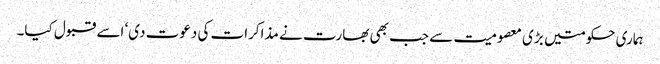
ہماری حکومتیں بڑی معصومیت سے جب بھی بھارت نے مذاکرات کی دعوت دی‘ اسے قبول کیا۔